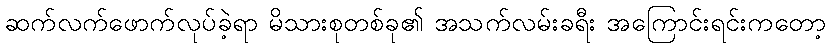
ဆက်လက်ဖောက်လုပ်ခဲ့ရာ မိသားစုတစ်ခု၏ အသက်လမ်းခရီး အကြောင်းရင်းကတော့